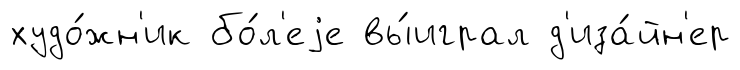
худо́жн'ик бо́л'еjе вы́играл д'иза́йн'ер